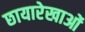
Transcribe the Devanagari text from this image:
छायारेखाओं